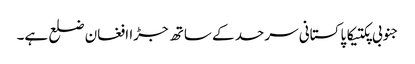
جنوبی پکتیکا پاکستانی سرحد کے ساتھ جڑا افغان ضلع ہے۔